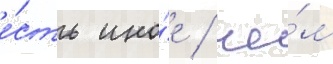
е́сть ино́е / че́м